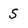
Character: S